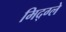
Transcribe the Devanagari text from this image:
मिद्ग्ले